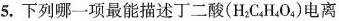
5. 下列哪一项最能描述丁二酸(H_{2}C_{4}H_{4}O_{4})电离